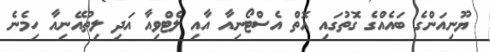
ޔޫނިއަންގެ ބައެއްގެ ގޮތުގައި އޮތް އެސްޓޯނިއާ އާއި ލެޓްވިއާ އަދި ލިތުއޭނިއާ ހިމެނެ